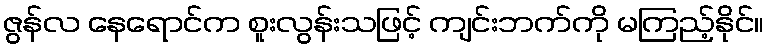
ဇွန်လ နေရောင်က စူးလွန်းသဖြင့် ကျင်းဘက်ကို မကြည့်နိုင်။